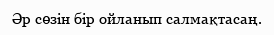
Әр сөзін бір ойланып салмақтасаң.